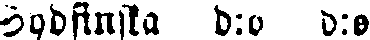
Sydfinska d:o d:o